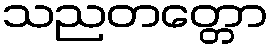
သညတတ္တော